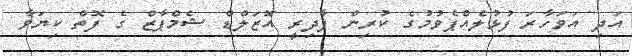
އަދި އަވަހާރަ ފުޅުލެއްޕެވުމުގެ ކުރިން ފާދިރީ އޮޒަލްޑް ޝެމްޕާޒް ގެ ފޮތް ކިޔަވާ